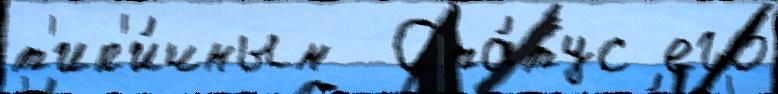
т'ип'и́чным  Ста́тус его́